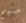
متهم